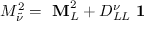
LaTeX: { \cal M } _ { \tilde { \nu } } ^ { 2 } = \mathrm { \bf ~ M } _ { L } ^ { 2 } + D _ { L L } ^ { \nu } \mathrm { \bf ~ 1 }